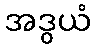
အဒွယံ